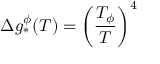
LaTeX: \Delta g _ { * } ^ { \phi } ( T ) = \left( \frac { T _ { \phi } } { T } \right) ^ { 4 }